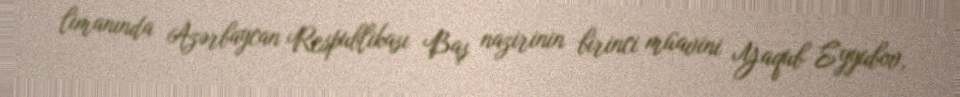
limanında Azərbaycan Respublikası Baş nazirinin birinci müavini Yaqub Eyyubov,